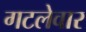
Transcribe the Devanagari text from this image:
गटलेवार